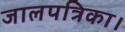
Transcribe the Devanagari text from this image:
जालपत्रिका।